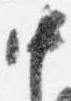
中